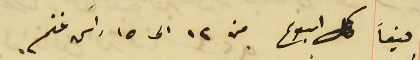
صيفاً كل اسبوع من ١٢ الى ١٥ راس غنم.